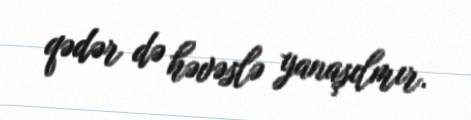
qədər də həvəslə yanaşılmır.